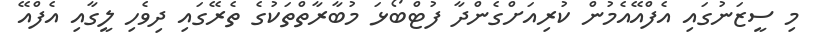
މި ސީޒަނުގައި އެފްއޭއެމުން ކުރިއަށްގެންދާ ފުޓްބޯޅަ މުބާރާތްތަކުގެ ތެރޭގައި ދިވެހި ލީގާއި އެފްއޭ